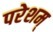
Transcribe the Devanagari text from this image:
परेशम्